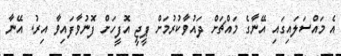
އެ މައްސަލައިގައި އޭނާގެ މައްޗަށް ދައުވާކުރުމަށް ޕީޖީ އޮފީހަށް ފޮނުވާފައިވާ އިރު